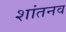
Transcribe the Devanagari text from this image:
शांतनव